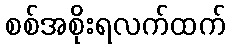
စစ်အစိုးရလက်ထက်